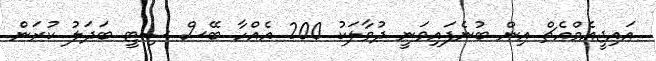
އައިޖީއެމްއެޗް އިން ބުނެފައިވަނީ ދުވާލަކު 200 އެއްހާ ބޭސް ސިޓީ ބަދަލު ކުރަން